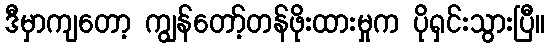
ဒီမှာကျတော့ ကျွန်တော့်တန်ဖိုးထားမှုက ပိုရှင်းသွားပြီ။